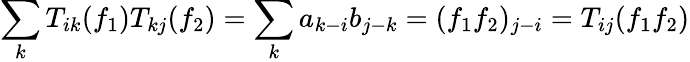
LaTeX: \sum_{k}T_{ik}(f_{1})T_{kj}(f_{2})=\sum_{k}a_{k-i}b_{j-k}=(f_{1}f_{2})_{j-i}=T_{ij}(f_{1}f_{2})